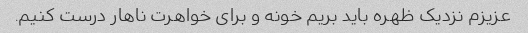
عزیزم نزدیک ظهره باید بریم خونه و برای خواهرت ناهار درست کنیم.